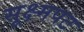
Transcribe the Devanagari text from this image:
सूक्ष्मपट